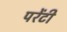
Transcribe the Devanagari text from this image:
परेंटी